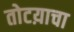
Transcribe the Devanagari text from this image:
तोटय़ाचा